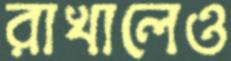
রাখালেও